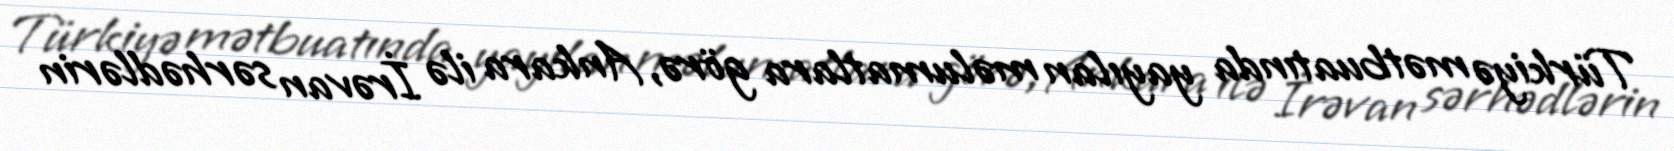
Türkiyə mətbuatında yayılan məlumatlara görə, Ankara ilə İrəvan sərhədlərin